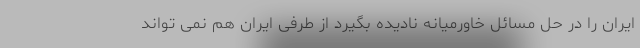
ایران را در حل مسائل خاورمیانه نادیده بگیرد از طرفی ایران هم نمی تواند